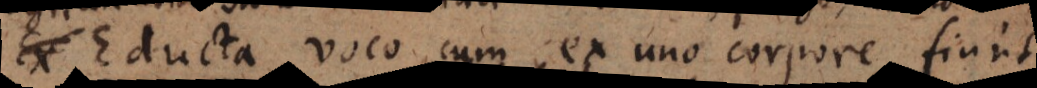
E voco cum ex uno corpore fiunt